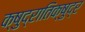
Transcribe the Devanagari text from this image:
क्षुद्रातिक्षुद्र